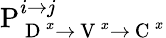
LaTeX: \mathrm{P}_{\mathrm{~D~}^{x}\rightarrow\mathrm{~V~}^{x}\rightarrow\mathrm{~C~}^{x}}^{i\rightarrow j}